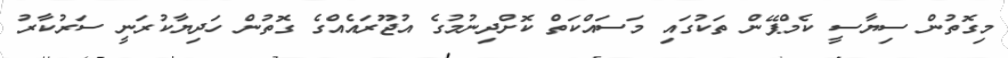
މިގޮތުން ސިޔާސީ ކެމްޕޭން ތަކުގައި މަސައްކަތް ކޮށްދިނުމުގެ އުޖޫރައެއްގެ ގޮތުން ހަދިޔާކުރަނީ ސަރުކާރު